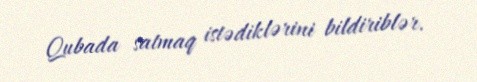
Qubada satmaq istədiklərini bildiriblər.